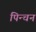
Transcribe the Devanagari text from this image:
पिन्चन